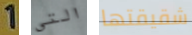
1 التي شقيقتها